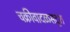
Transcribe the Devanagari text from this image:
चक्रीवादळसदृश